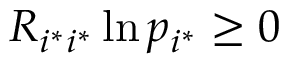
R _ { i ^ { * } i ^ { * } } \ln p _ { i ^ { * } } \geq 0